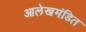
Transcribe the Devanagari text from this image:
आलेखमंडित